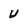
Character: U